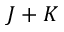
J + K